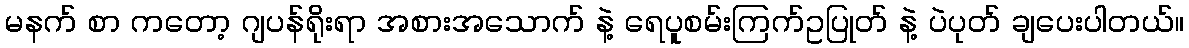
မနက် စာ ကတော့ ဂျပန်ရိုးရာ အစားအသောက် နဲ့ ရေပူစမ်းကြက်ဥပြုတ် နဲ့ ပဲပုတ် ချပေးပါတယ်။